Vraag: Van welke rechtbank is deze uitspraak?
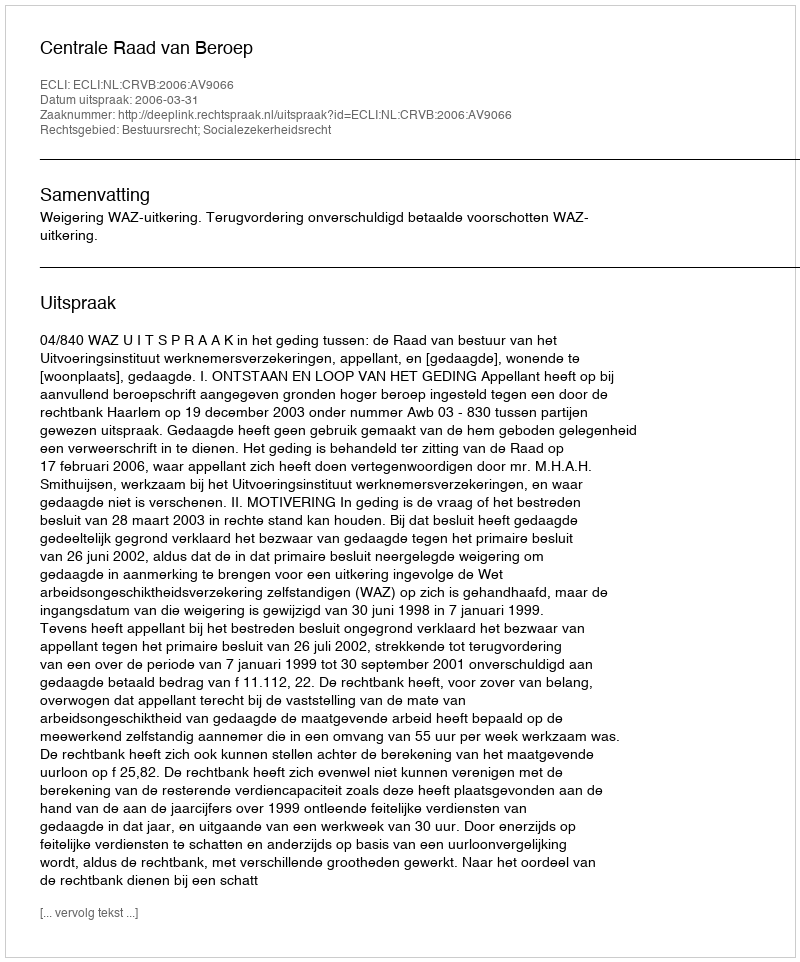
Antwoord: Centrale Raad van Beroep